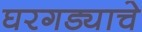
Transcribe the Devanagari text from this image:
घरगड्याचे